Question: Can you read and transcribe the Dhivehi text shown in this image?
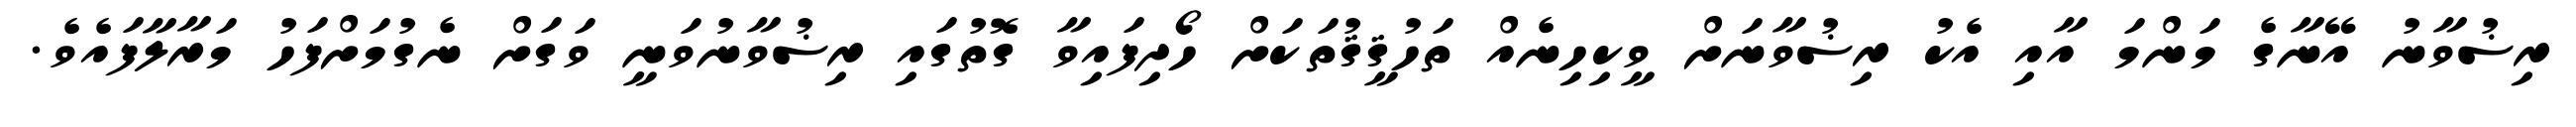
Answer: ރިޟުވާނު އޭނާގެ މަންމަ އާއި އެކު ރިޟުވާނަށް ވީކިހިނެއް ތަހުޤީޤުތަކަށް ހޯދިފައިވާ ގޮތުގައި ރިޟުވާނުވަނީ ވަގަށް ނެގުމަށްފަހު މަރާލާފައެވެ.